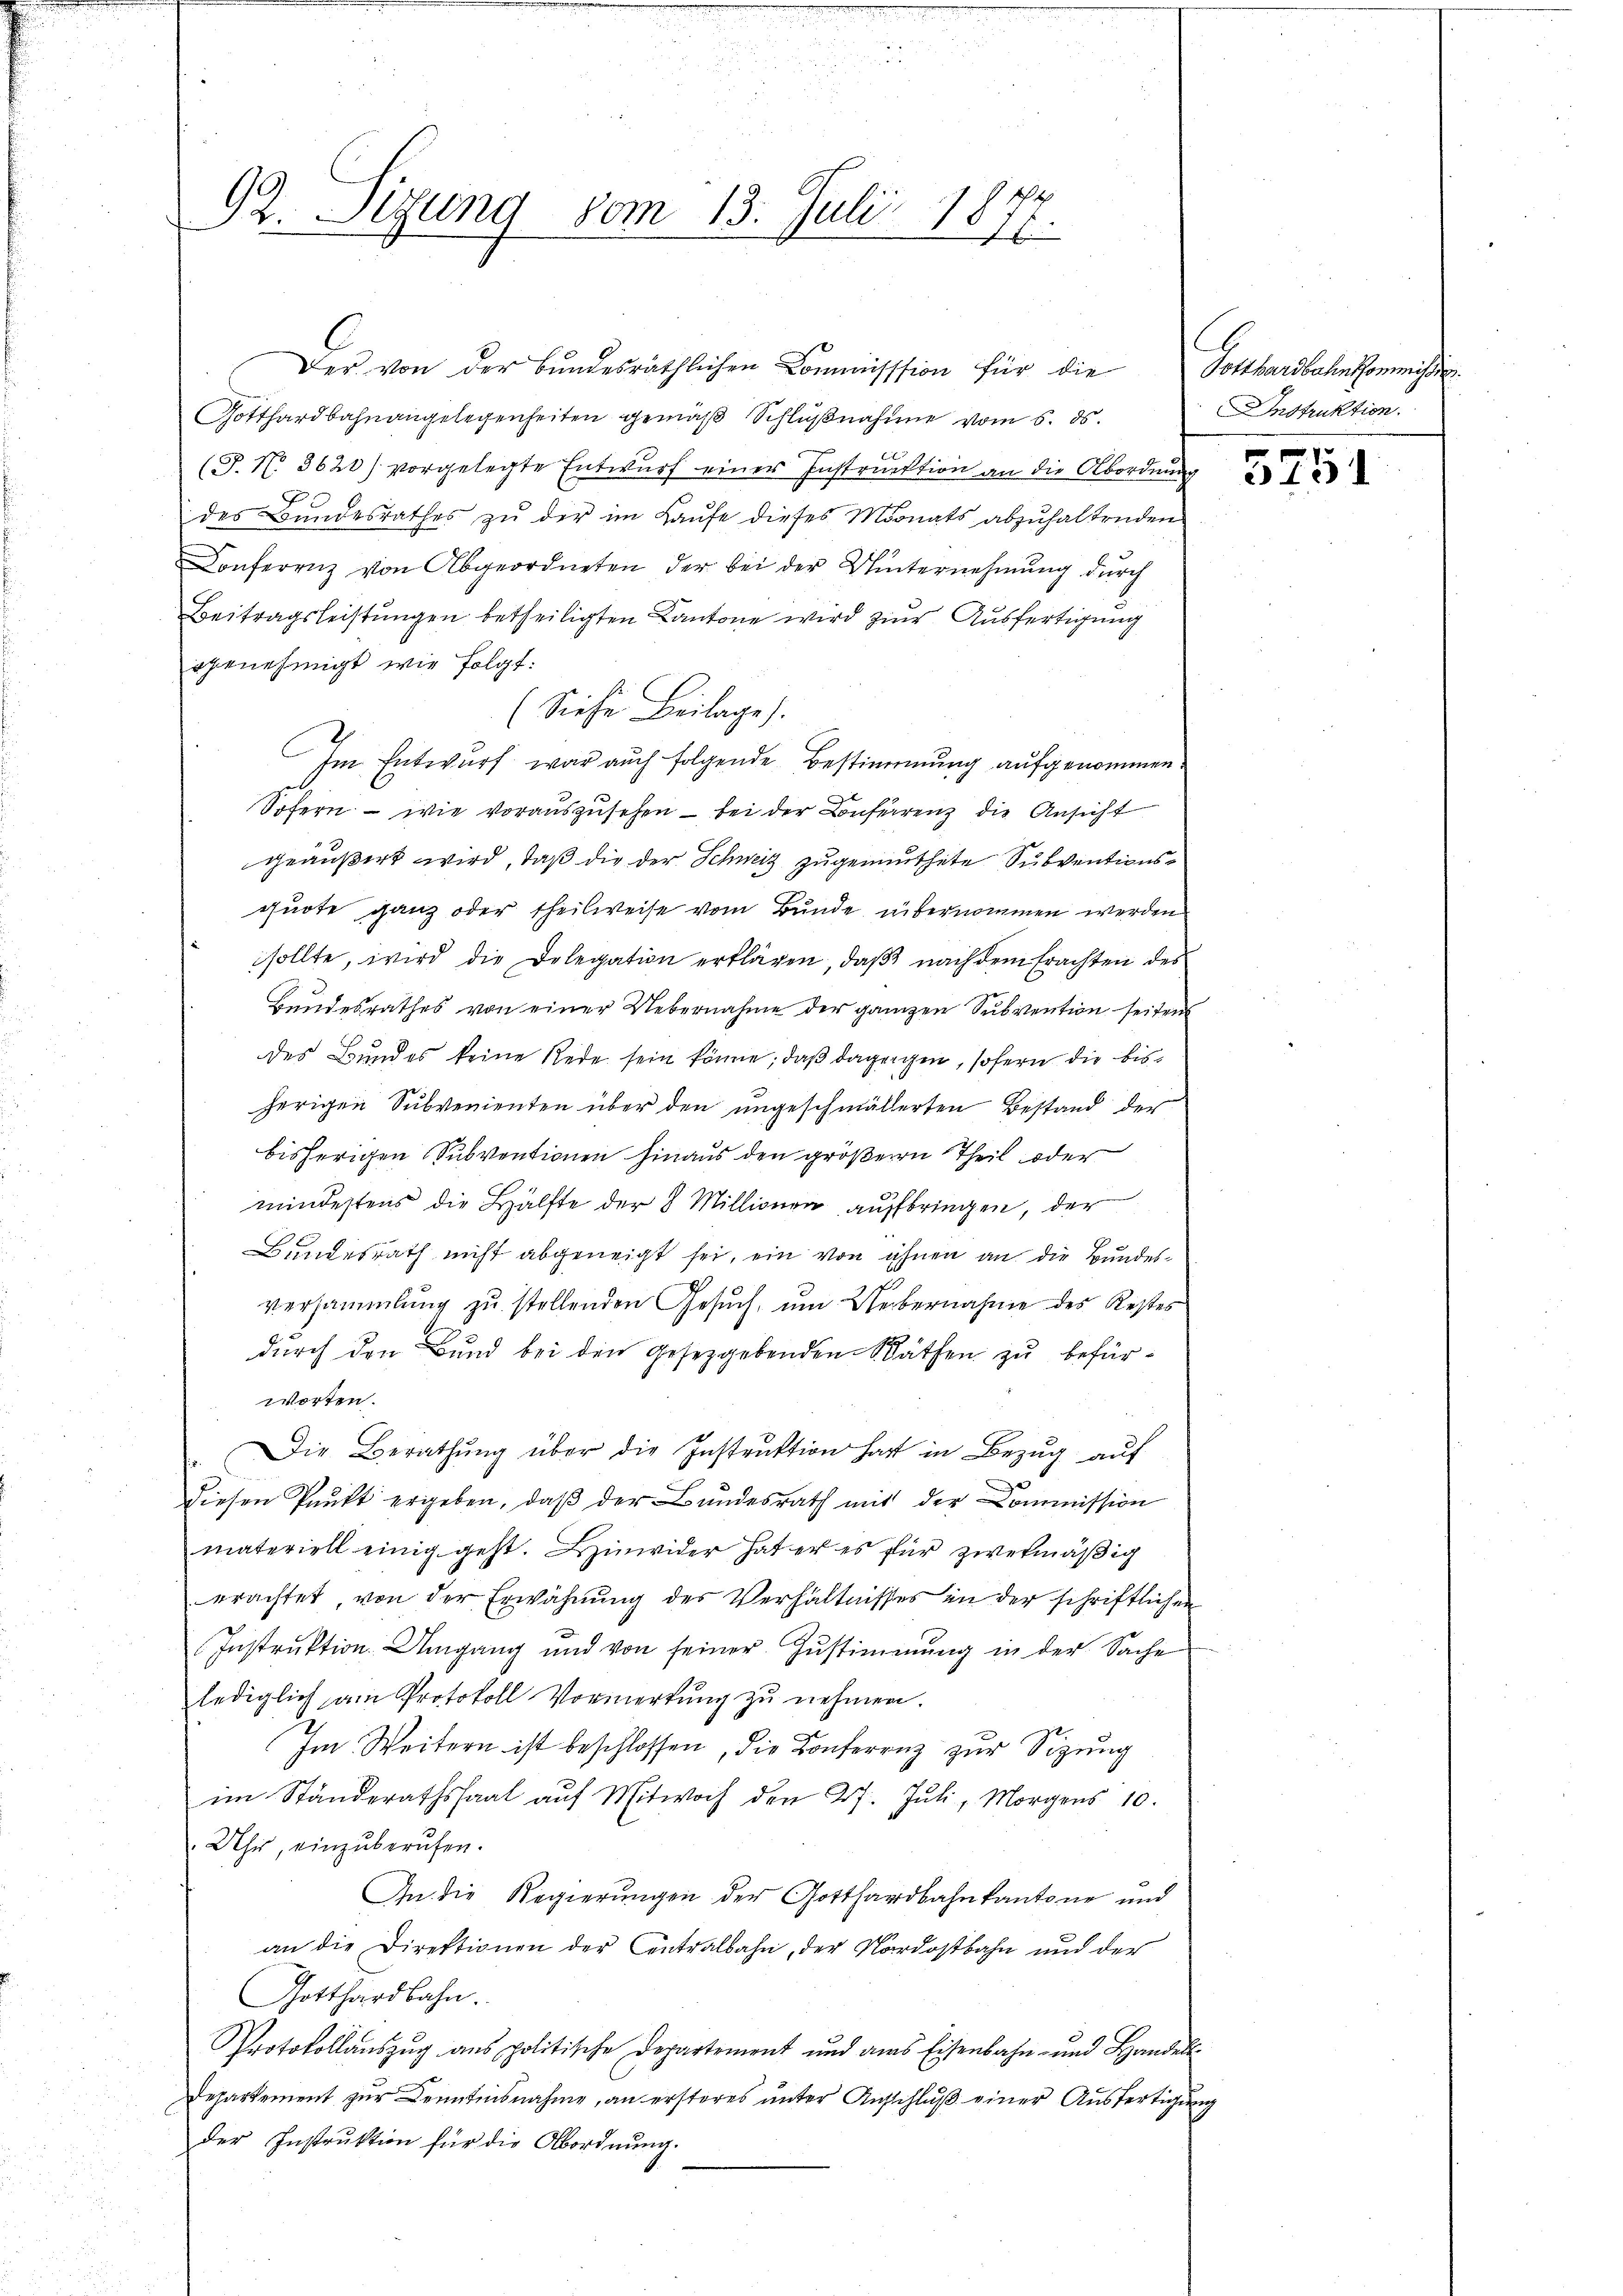
Der von der Bŭndesräthlichen Commisssion für die Gotthardbahn Gommissio
Gotthardbahnangelegenheiten gemäß Schlußnahme vom 6. ds.
(J. N. 3620/ vorgelegte Entwurf einer Instruktion an die Abordnung
des Bundesrathes zu der im Laufe dieses Monats abzuhaltenden
Conferenz von Abgeordneten der bei der Unternehmung durch
Beitragsleistungen betheiligten Kantone wird zur Ausfertigung
igenehmigt wie folgt:
(Siehe Beilage.
Im Entwurf war auch folgende Bestimmung aufgenommen
Sofern - wie vorauszusehen – bei der Conferrenz die Ansicht
geäußert wird, daß die der Schweiz zugemuthete Subventionsquote ganz oder theilweise vom Bunde, übernommen werden
sollte, wird die Delegation erklären, daß nach dem Erachten des
Bundesrathes von einer Uebernahme der ganzen Subvention seiten
des Bundes keine Rede sein könne; daß dagegen, sofern die bisherigen Subvenienten über den ungeschmälerten Bestand der
bisherigen Subventionen hinaus den größern Theil oder
mindestens die Hälfte der 8 Millionen aufbringen, der
Bundesrath nicht abgeneigt sei, ein von ihnen an die Bundesversammlung zu stellenden Gesuch, um Uebernahme des Restes
durch den Bund bei den gesetzgebenden Säthen zu befürworten.
Die Berathŭng über die Instrŭktion hatt in Bezŭg aŭf
diesen Punkt ergeben, daß der Bundesrath mit der Commission
materiell einig geht. Hinwider hat er es für zwekmäßig
erachtet, von der Erwähnung des Verhältnisses in der schriftlichen
Instruktion Umgang und von seiner Zustimmung in der Sache
lediglich am Protokoll Vormerkŭng zŭ nehmen.
Im Weitern ist beschlossen, die Konferenz zur Sitzung
im Ständerathssaal aŭf Mitwoch den 27. Jŭli, Morgens 10.
Uhr, einzuberufen.
An die Regierungen der Gotthardbahn kantone und
an die Direktionen der Centralbahn, der Nordostbahn und der
Gotthardbahn.
Protokollaŭszŭg ans politische Departement und ans Eisenbahn- und Handel
Departement zur Kenntnisnahme, an ersteres unter Ausschluß einer Ausfertigung
der Instrŭktion für die Abordnŭng.

92. Sizung vom 13. Juli 18
.

Instruktion.

5751